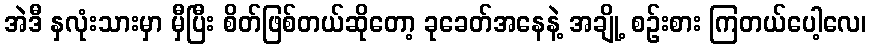
အဲဒီ နှလုံးသားမှာ မှီပြီး စိတ်ဖြစ်တယ်ဆိုတော့ ခုခေတ်အနေနဲ့ အချို့ စဉ်းစား ကြတယ်ပေါ့လေ၊